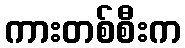
ကားတစ်စီးက